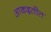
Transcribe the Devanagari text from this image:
आकइतीत